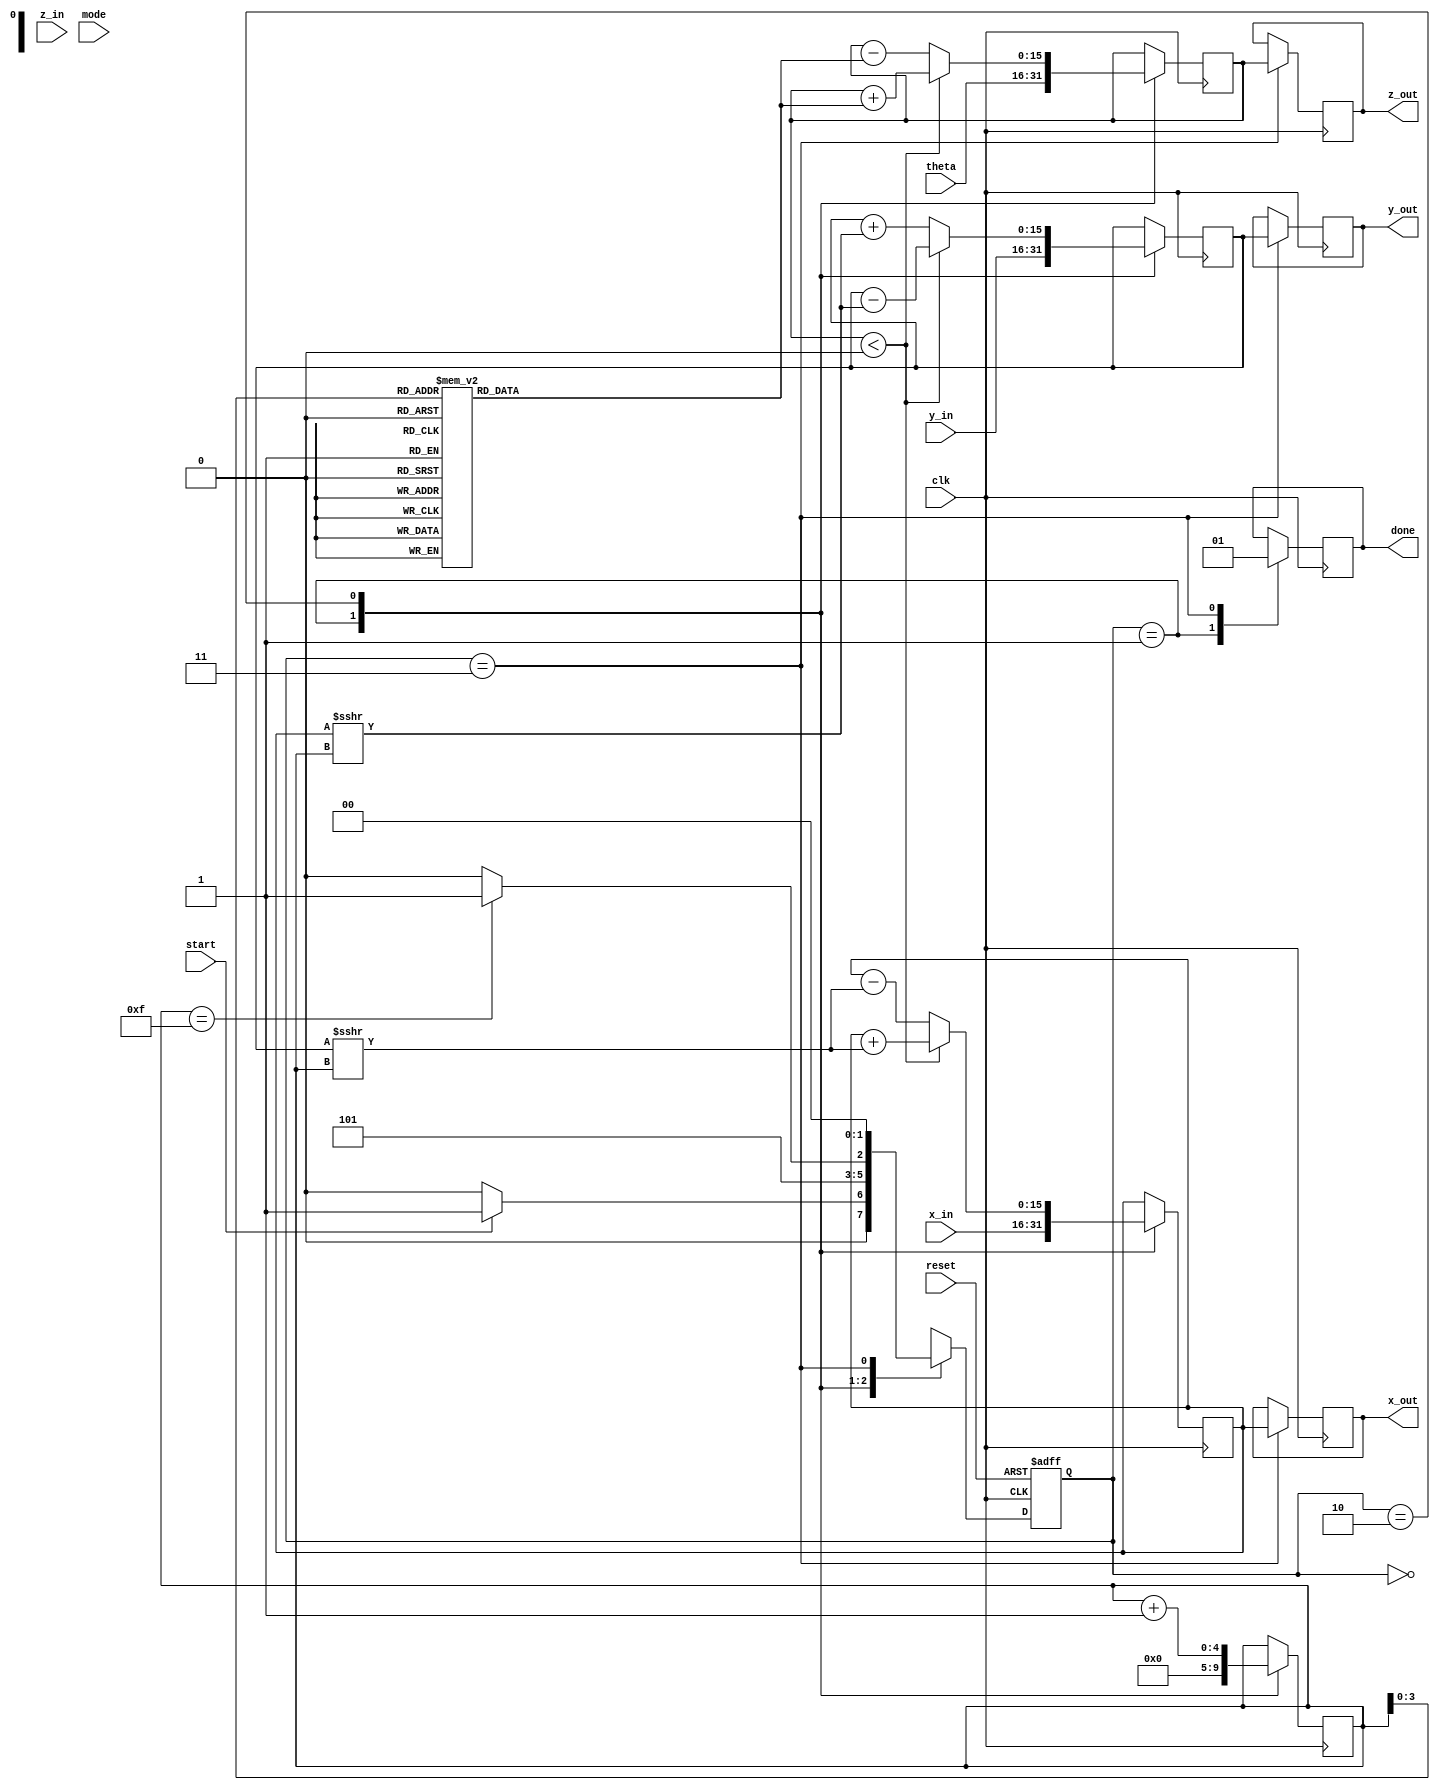
module unified_cordic (
    input wire [15:0] theta,      // Angle input (in radians)
    input wire [15:0] x_in,       // Initial x-coordinate
    input wire [15:0] y_in,       // Initial y-coordinate
    input wire [15:0] z_in,       // Additional input for hyperbolic functions
    input wire [1:0] mode,        // Operation mode selector
    input wire start,              // Signal to initiate computation
    input wire clk,                // Clock signal
    input wire reset,              // Asynchronous reset signal
    output reg [15:0] x_out,      // Computed x-coordinate
    output reg [15:0] y_out,      // Computed y-coordinate
    output reg [15:0] z_out,      // Computed value for hyperbolic functions
    output reg done                // Signal indicating completion
);

    // Parameters
    parameter IDLE = 2'b00;
    parameter INIT = 2'b01;
    parameter COMPUTE = 2'b10;
    parameter DONE = 2'b11;

    // State variables
    reg [1:0] state, next_state;
    reg [15:0] x, y, z;
    reg [4:0] iteration; // Number of iterations
    reg [15:0] angle_table [0:15]; // Lookup table for angles

    // Initialize angle table (example values)
    initial begin
        angle_table[0] = 16'h1C71; // atan(2^-0)
        angle_table[1] = 16'h1A62; // atan(2^-1)
        angle_table[2] = 16'h186A; // atan(2^-2)
        angle_table[3] = 16'h1780; // atan(2^-3)
        angle_table[4] = 16'h16C2; // atan(2^-4)
        angle_table[5] = 16'h1635; // atan(2^-5)
        angle_table[6] = 16'h15B0; // atan(2^-6)
        angle_table[7] = 16'h1540; // atan(2^-7)
        angle_table[8] = 16'h14D0; // atan(2^-8)
        angle_table[9] = 16'h1460; // atan(2^-9)
        angle_table[10] = 16'h1400; // atan(2^-10)
        angle_table[11] = 16'h13A0; // atan(2^-11)
        angle_table[12] = 16'h1340; // atan(2^-12)
        angle_table[13] = 16'h12E0; // atan(2^-13)
        angle_table[14] = 16'h1280; // atan(2^-14)
        angle_table[15] = 16'h1220; // atan(2^-15)
    end

    // State transition logic
    always @(posedge clk or posedge reset) begin
        if (reset) begin
            state <= IDLE;
        end else begin
            state <= next_state;
        end
    end

    // Next state logic
    always @(*) begin
        case (state)
            IDLE: begin
                if (start) begin
                    next_state = INIT;
                end else begin
                    next_state = IDLE;
                end
            end
            INIT: begin
                next_state = COMPUTE;
            end
            COMPUTE: begin
                if (iteration == 15) begin
                    next_state = DONE;
                end else begin
                    next_state = COMPUTE;
                end
            end
            DONE: begin
                next_state = IDLE;
            end
            default: next_state = IDLE;
        endcase
    end

    // CORDIC computation logic
    always @(posedge clk) begin
        case (state)
            INIT: begin
                x <= x_in;
                y <= y_in;
                z <= theta;
                iteration <= 0;
                done <= 0;
            end
            COMPUTE: begin
                if (z < 0) begin
                    x <= x + (y >>> iteration);
                    y <= y - (x >>> iteration);
                    z <= z + angle_table[iteration];
                end else begin
                    x <= x - (y >>> iteration);
                    y <= y + (x >>> iteration);
                    z <= z - angle_table[iteration];
                end
                iteration <= iteration + 1;
            end
            DONE: begin
                x_out <= x;
                y_out <= y;
                z_out <= z;
                done <= 1;
            end
        endcase
    end

endmodule